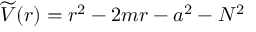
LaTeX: \widetilde { V } ( r ) = r ^ { 2 } - 2 m r - a ^ { 2 } - N ^ { 2 }